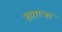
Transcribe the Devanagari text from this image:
ख़वाजा